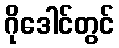
ဂိုဒေါင်တွင်